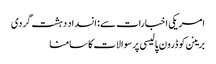
امریکی اخبارات سے: انسداد دہشت گردی
برینن کو ڈرون پالیسی پر سوالات کا سامنا